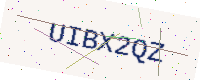
Text: UIBX2QZ